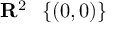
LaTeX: \mathbf { R } ^ { 2 } \setminus \{ ( 0 , 0 ) \}